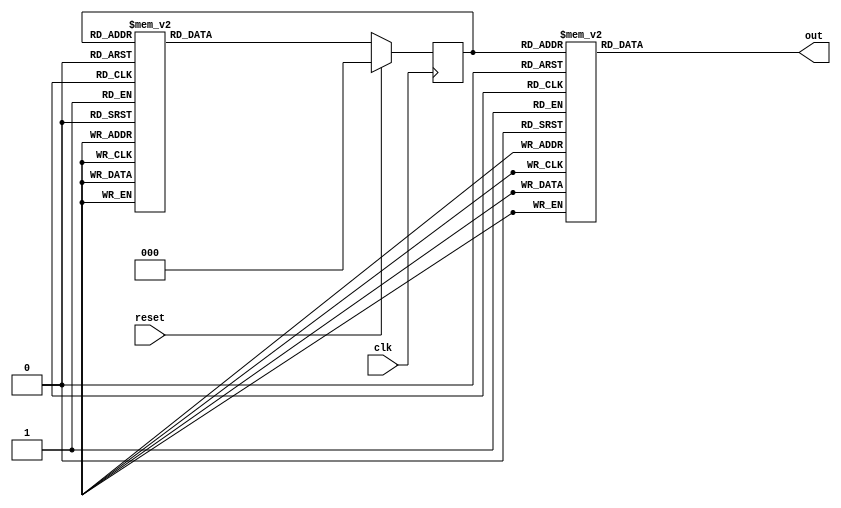
module gray_code_counter(
    input clk,           //clock
    input reset,         //reset signal
    output reg out       //output terminal
);

//--------------Internal Variables-------------------

reg [2:0] curr_state, next_state;
parameter S0 = 3'b000, S1 = 3'b001, S2 = 3'b011, S3 = 3'b010,
          S4 = 3'b110, S5 = 3'b111, S6 = 3'b101, S7 = 3'b100;

//--------------Combinational logic---------------------

always @(curr_state or clk)
begin : gray_combi
    case(curr_state)
        S0 :  next_state = S1;
        S1 :  next_state = S2;
        S2 :  next_state = S3;
        S3 :  next_state = S4;
        S4 :  next_state = S5;
        S5 :  next_state = S6;
        S6 :  next_state = S7;
        S7 :  next_state = S0;
        default : next_state = S0;
    endcase
end

//-------------Sequential logic------------------

always@(posedge clk) 
begin : gray_seq
         if (reset) begin
             curr_state <= S0;
         end
         else begin
             curr_state <= next_state;
         end
end

//--------------Output logic----------------------

always @(curr_state) begin
    case(curr_state)
        S0 : out = 1'b0;
        S1 : out = 1'b0;
        S2 : out = 1'b0;
        S3 : out = 1'b0;
        S4 : out = 1'b0;
        S5 : out = 1'b0;
        S6 : out = 1'b0;
        S7 : out = 1'b1;
        default : out = 1'b0;
    endcase
end
endmodule